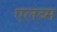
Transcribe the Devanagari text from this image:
एलब्म